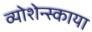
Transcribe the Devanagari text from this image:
व्योशेन्स्काया